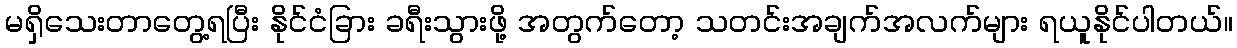
မရှိသေးတာတွေ့ရပြီး နိုင်ငံခြား ခရီးသွားဖို့ အတွက်တော့ သတင်းအချက်အလက်များ ရယူနိုင်ပါတယ်။